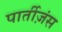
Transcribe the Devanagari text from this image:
पार्तीज़ंस